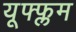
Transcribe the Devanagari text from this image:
यूफ्फ्लम